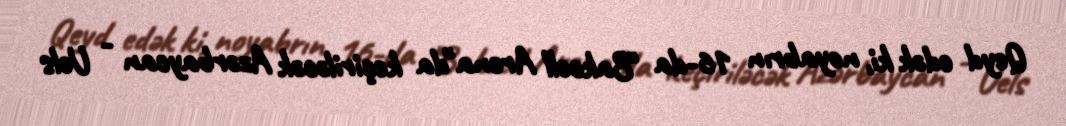
Qeyd edək ki, noyabrın 16-da "Bakcell Arena"da keçiriləcək Azərbaycan - Uels